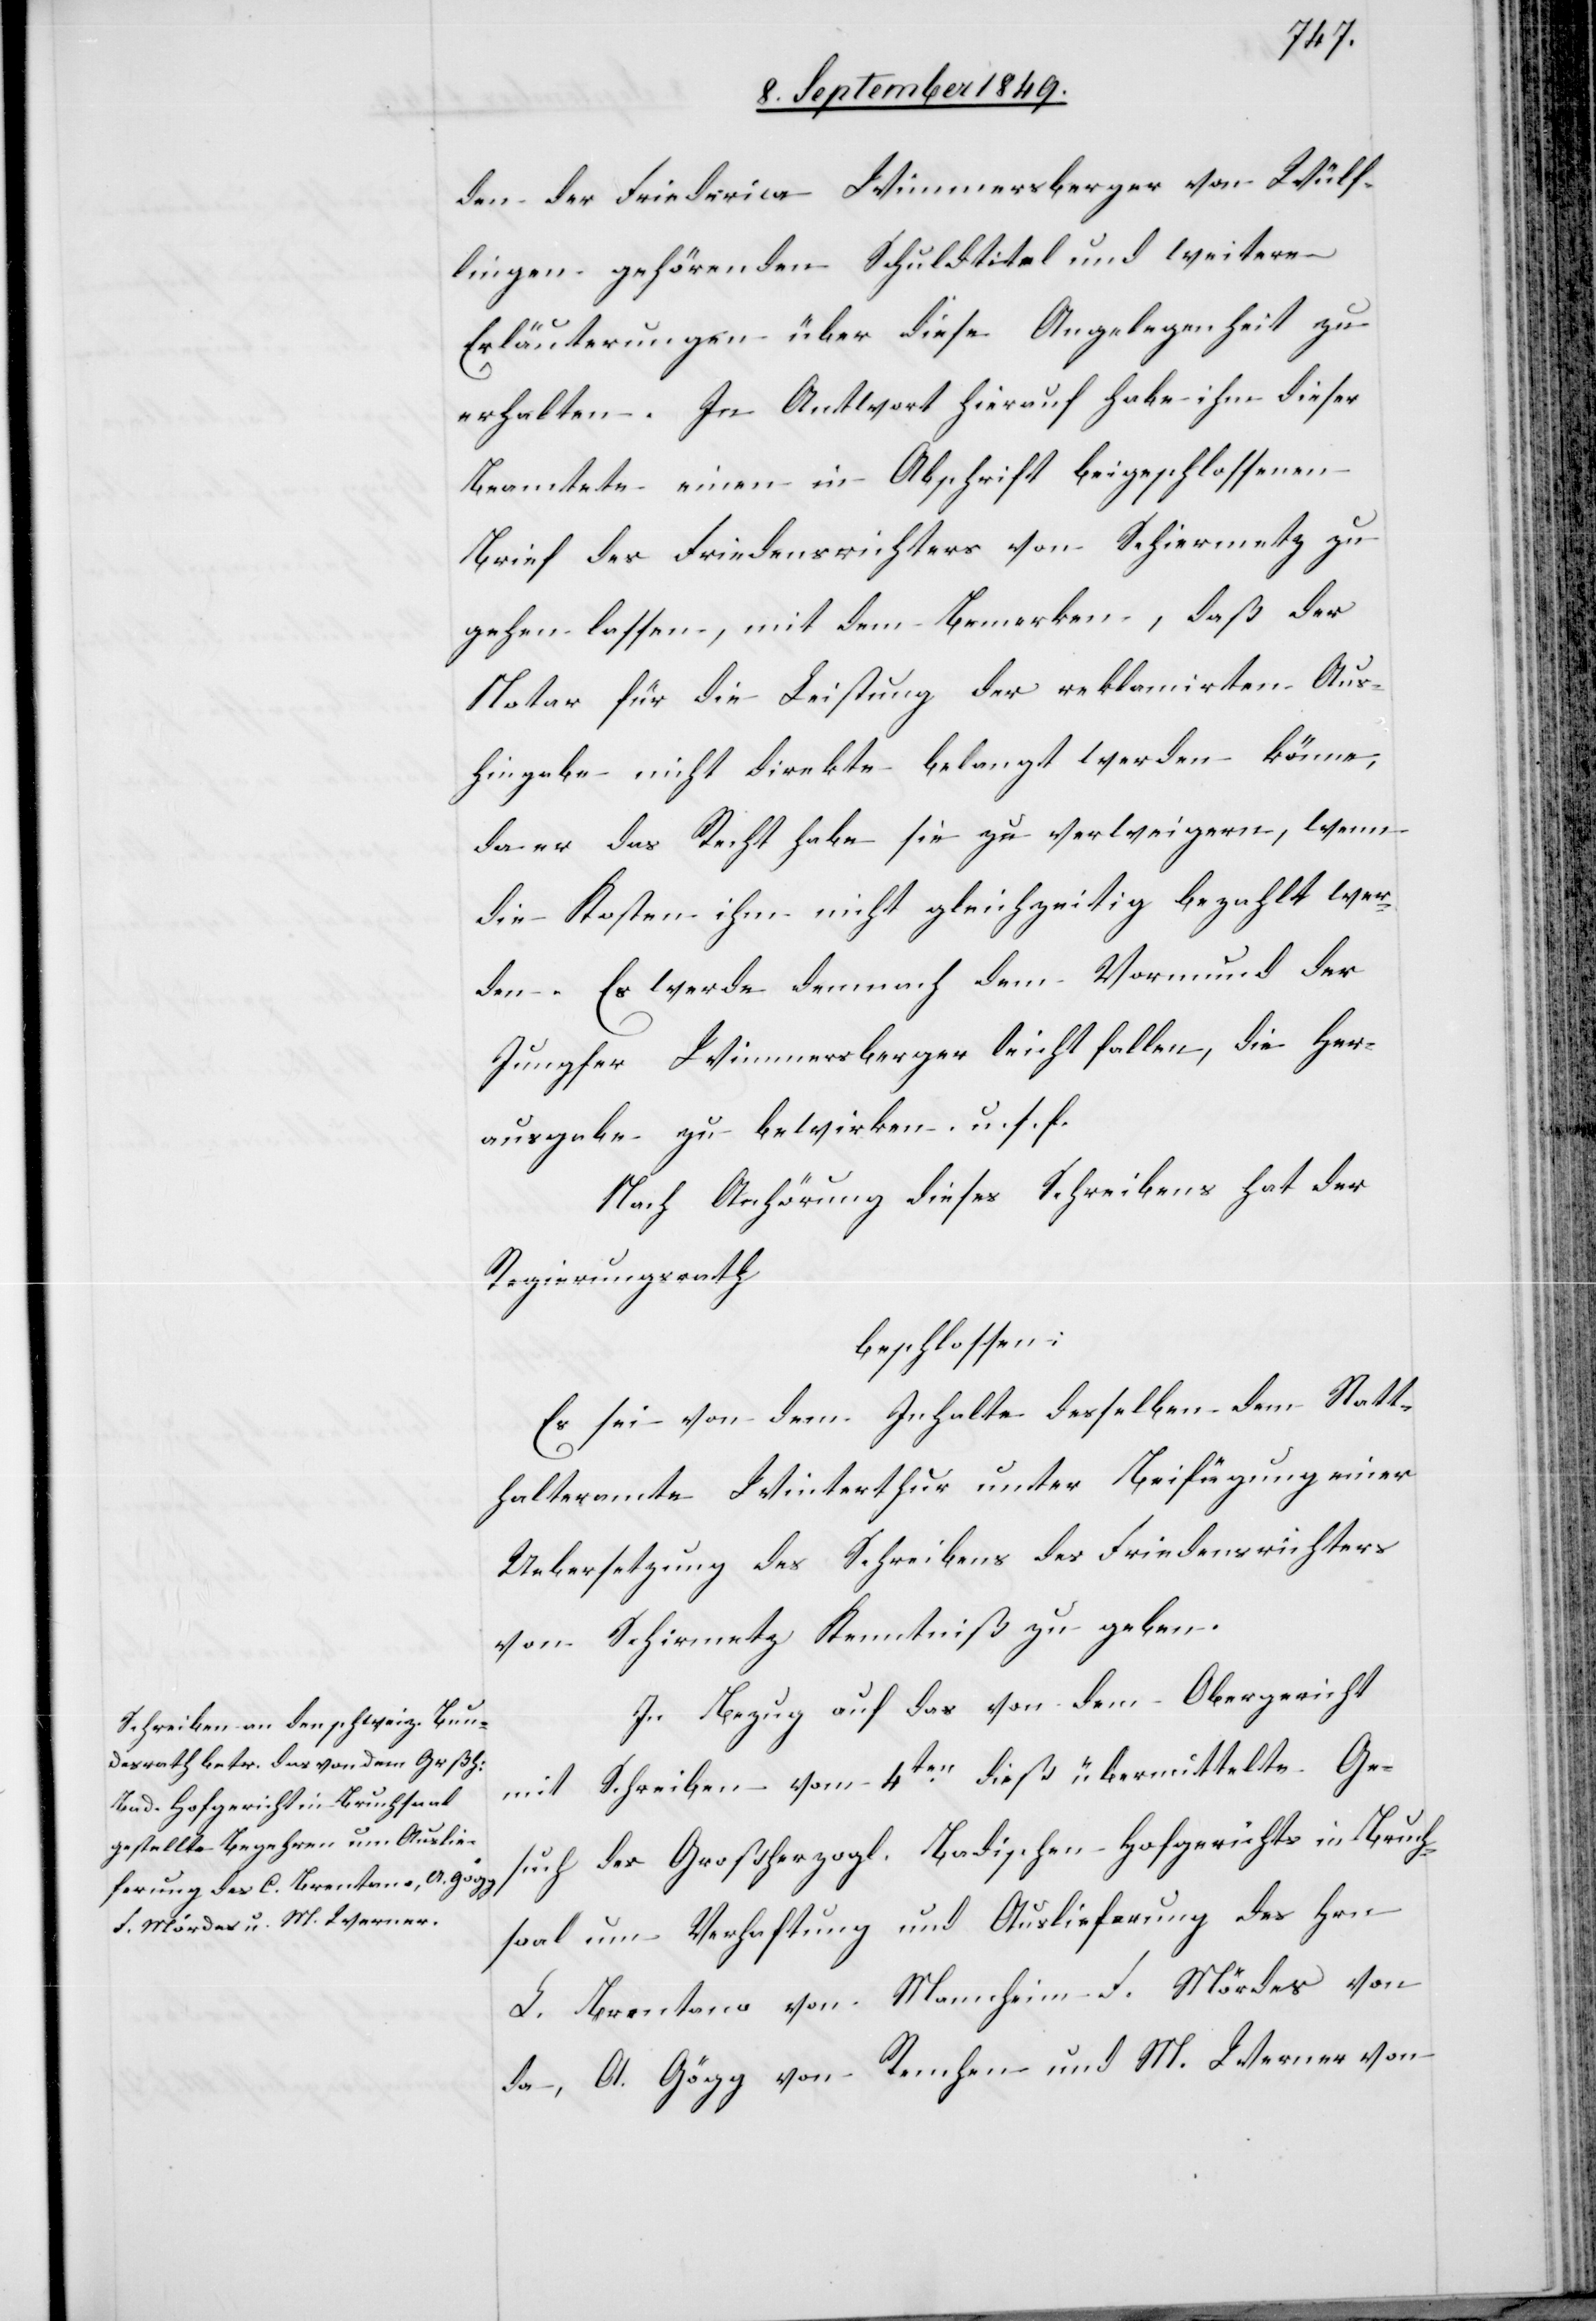
den der Friederica Wimmersberger von Wülf¬
lingen gehörenden Schuldtitel und weitere
Erläuterungen über diese Angelegenheit zu
erhalten. In Antwort hierauf habe ihm dieser
Beamtete einen in Abschrift beigeschlossenen
Brief des Friedensrichters von Schiermetz zu
gehen lassen, mit dem Bemerken, daß der
Notar für die Leistung der reklamirten Aus¬
hingabe nicht direkte belangt werden könne,
da er das Recht habe sie zu verweigern, wenn
die Kosten ihm nicht gleichzeitig bezahlt wer¬
den. Es werde demnach dem Vormund der
Jungfer Wimmersberger leicht fallen, die Her¬
ausgabe zu bewirken. u. s. f.
Nach Anhörung dieses Schreibens hat der
Regierungsrath
beschlossen:
Es sei von dem Inhalte desselben dem Statt¬
halteramte Winterthur unter Beifügung einer
Uebersetzung des Schreibens des Friedensrichters
von Schirmetz [sic!] Kenntniß zu geben.
In Bezug auf das von dem Obergericht
mit Schreiben vom 4ten dieß übermittelte Ge¬
such des Großherzogl. Badischen Hofgerichts in Bruch¬
saal um Verhaftung und Auslieferung des Hrn.
Brentano von Mannheim[,] F. Mördes von
da, A. Gögg von Renchen und M. Werner von